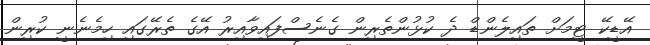
އޭޑީކޭ ޓީމަށް ތައިލެންޑް ދެ ކުޅުންތެރިން ގެނެސްފައިވާއިރު އޭގެ ތެރޭގައި ހިމެނެނީ ކުރިން